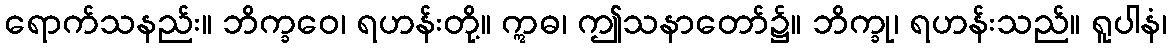
ရောက်သနည်း။ ဘိက္ခဝေ၊ ရဟန်းတို့။ ဣဓ၊ ဤသနာတော်၌။ ဘိက္ခု၊ ရဟန်းသည်။ ရူပါနံ၊